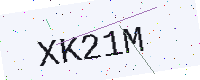
Text: XK21M